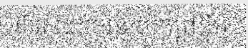
ខ្ទឹមសជួយបន្ថយកម្តៅខ្ទឹម